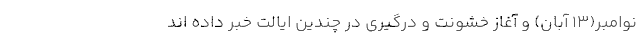
نوامبر(۱۳ آبان) و آغاز خشونت و درگیری در چندین ایالت خبر داده اند